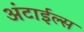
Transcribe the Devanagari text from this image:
अंटाईल्स